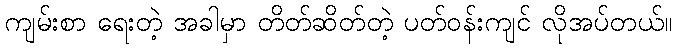
ကျမ်းစာ ရေးတဲ့ အခါမှာ တိတ်ဆိတ်တဲ့ ပတ်ဝန်းကျင် လိုအပ်တယ်။